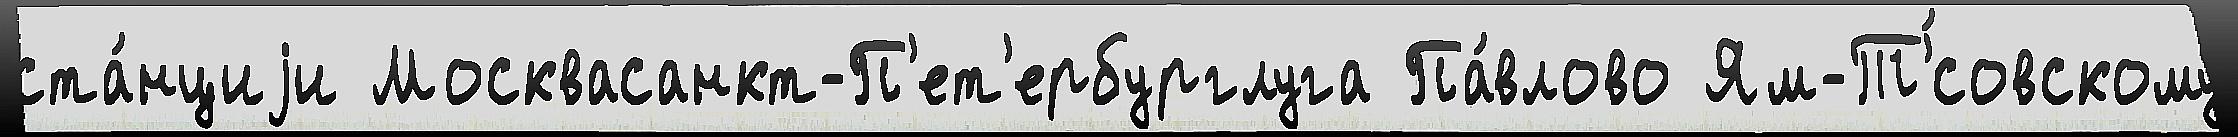
ста́нциjи Москвасанкт-П'ет'ербурглуга Па́влово Ям-Т'́совскому